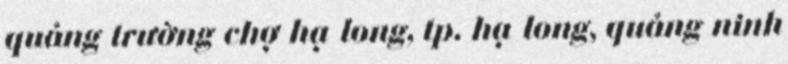
quảng trường chợ hạ long, tp. hạ long, quảng ninh